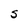
Character: S